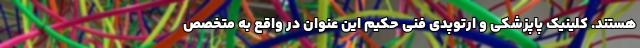
هستند. کلینیک پاپزشکی و ارتوپدی فنی حکیم این عنوان در واقع به متخصص